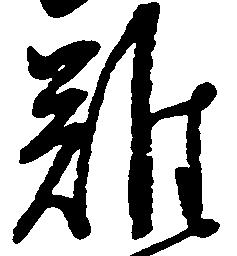
難